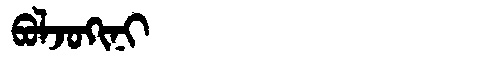
Manchu: ᠪᠣᠯᠵᠣᡴᡳᠨᡳ
Romanization: BOLJOKINI